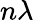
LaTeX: n\lambda